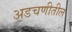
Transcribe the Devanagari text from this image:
अडचणीतील